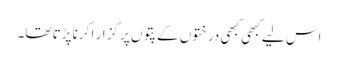
اس لیے کبھی کبھی درختوں کے پتوں پر گزار ا کرنا پڑتا تھا۔